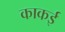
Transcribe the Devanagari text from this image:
काकई